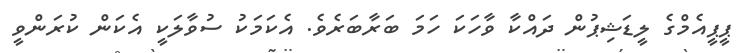
ޕީޕީއެމްގެ ލީޑަޝިޕުން ދައްކާ ވާހަކަ ހަމަ ބަރާބަރެވެ. އެކަމަކު ސުވާލަކީ އެކަން ކުރަންވީ